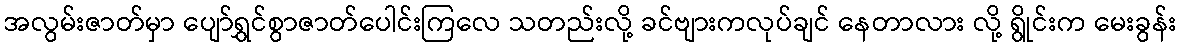
အလွမ်းဇာတ်မှာ ပျော်ရွှင်စွာဇာတ်ပေါင်းကြလေ သတည်းလို့ ခင်ဗျားကလုပ်ချင် နေတာလား လို့ ရွိုင်းက မေးခွန်း